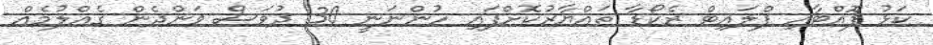
ކަޅު ފޮއްޓާއި ފްލައިޓް ރެކޯޑާ ތައްޔާރުކޮށްފައި ހުންނަނީ 30 ދުވަސް ވަންދެން ގެއްލުމެއް